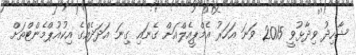
ޝާހިދު ވިދާޅުވީ 2015 ވަނަ އަހަރު އެމްޕީއެލްއަށް ގެނައި ގިނަ އަދަދެއްގެ އިކުއުޕްމެންޓްތަށް